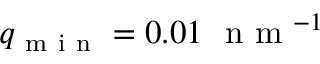
q _ { \mathrm { ~ m ~ i ~ n ~ } } = 0 . 0 1 \ \mathrm { ~ n ~ m ~ } ^ { - 1 }